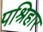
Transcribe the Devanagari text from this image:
पश्रिहार